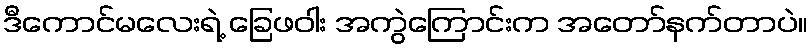
ဒီကောင်မလေးရဲ့ ခြေဖဝါး အကွဲကြောင်းက အတော်နက်တာပဲ။